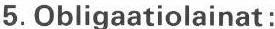
5. Obligaatiolainat: